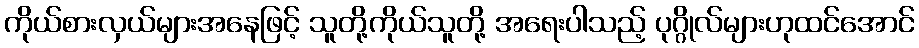
ကိုယ်စားလှယ်များအနေဖြင့် သူတို့ကိုယ်သူတို့ အရေးပါသည့် ပုဂ္ဂိုလ်များဟုထင်အောင်